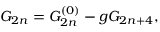
{ \cal G } _ { 2 n } = { \cal G } _ { 2 n } ^ { ( 0 ) } - g { \cal G } _ { 2 n + 4 } ,